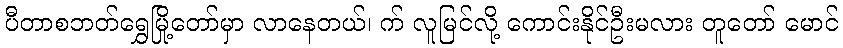
ပီတာစဘတ်ရွှေမြို့တော်မှာ လာနေတယ်၊ က် လူမြင်လို့ ကောင်းနိုင်ဦးမလား တူတော် မောင်